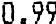
0.99